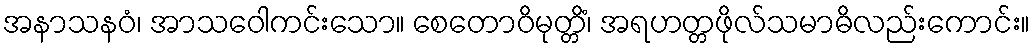
အနာသနဝံ၊ အာသဝေါကင်းသော။ စေတောဝိမုတ္တိံ၊ အရဟတ္တဖိုလ်သမာဓိလည်းကောင်း။